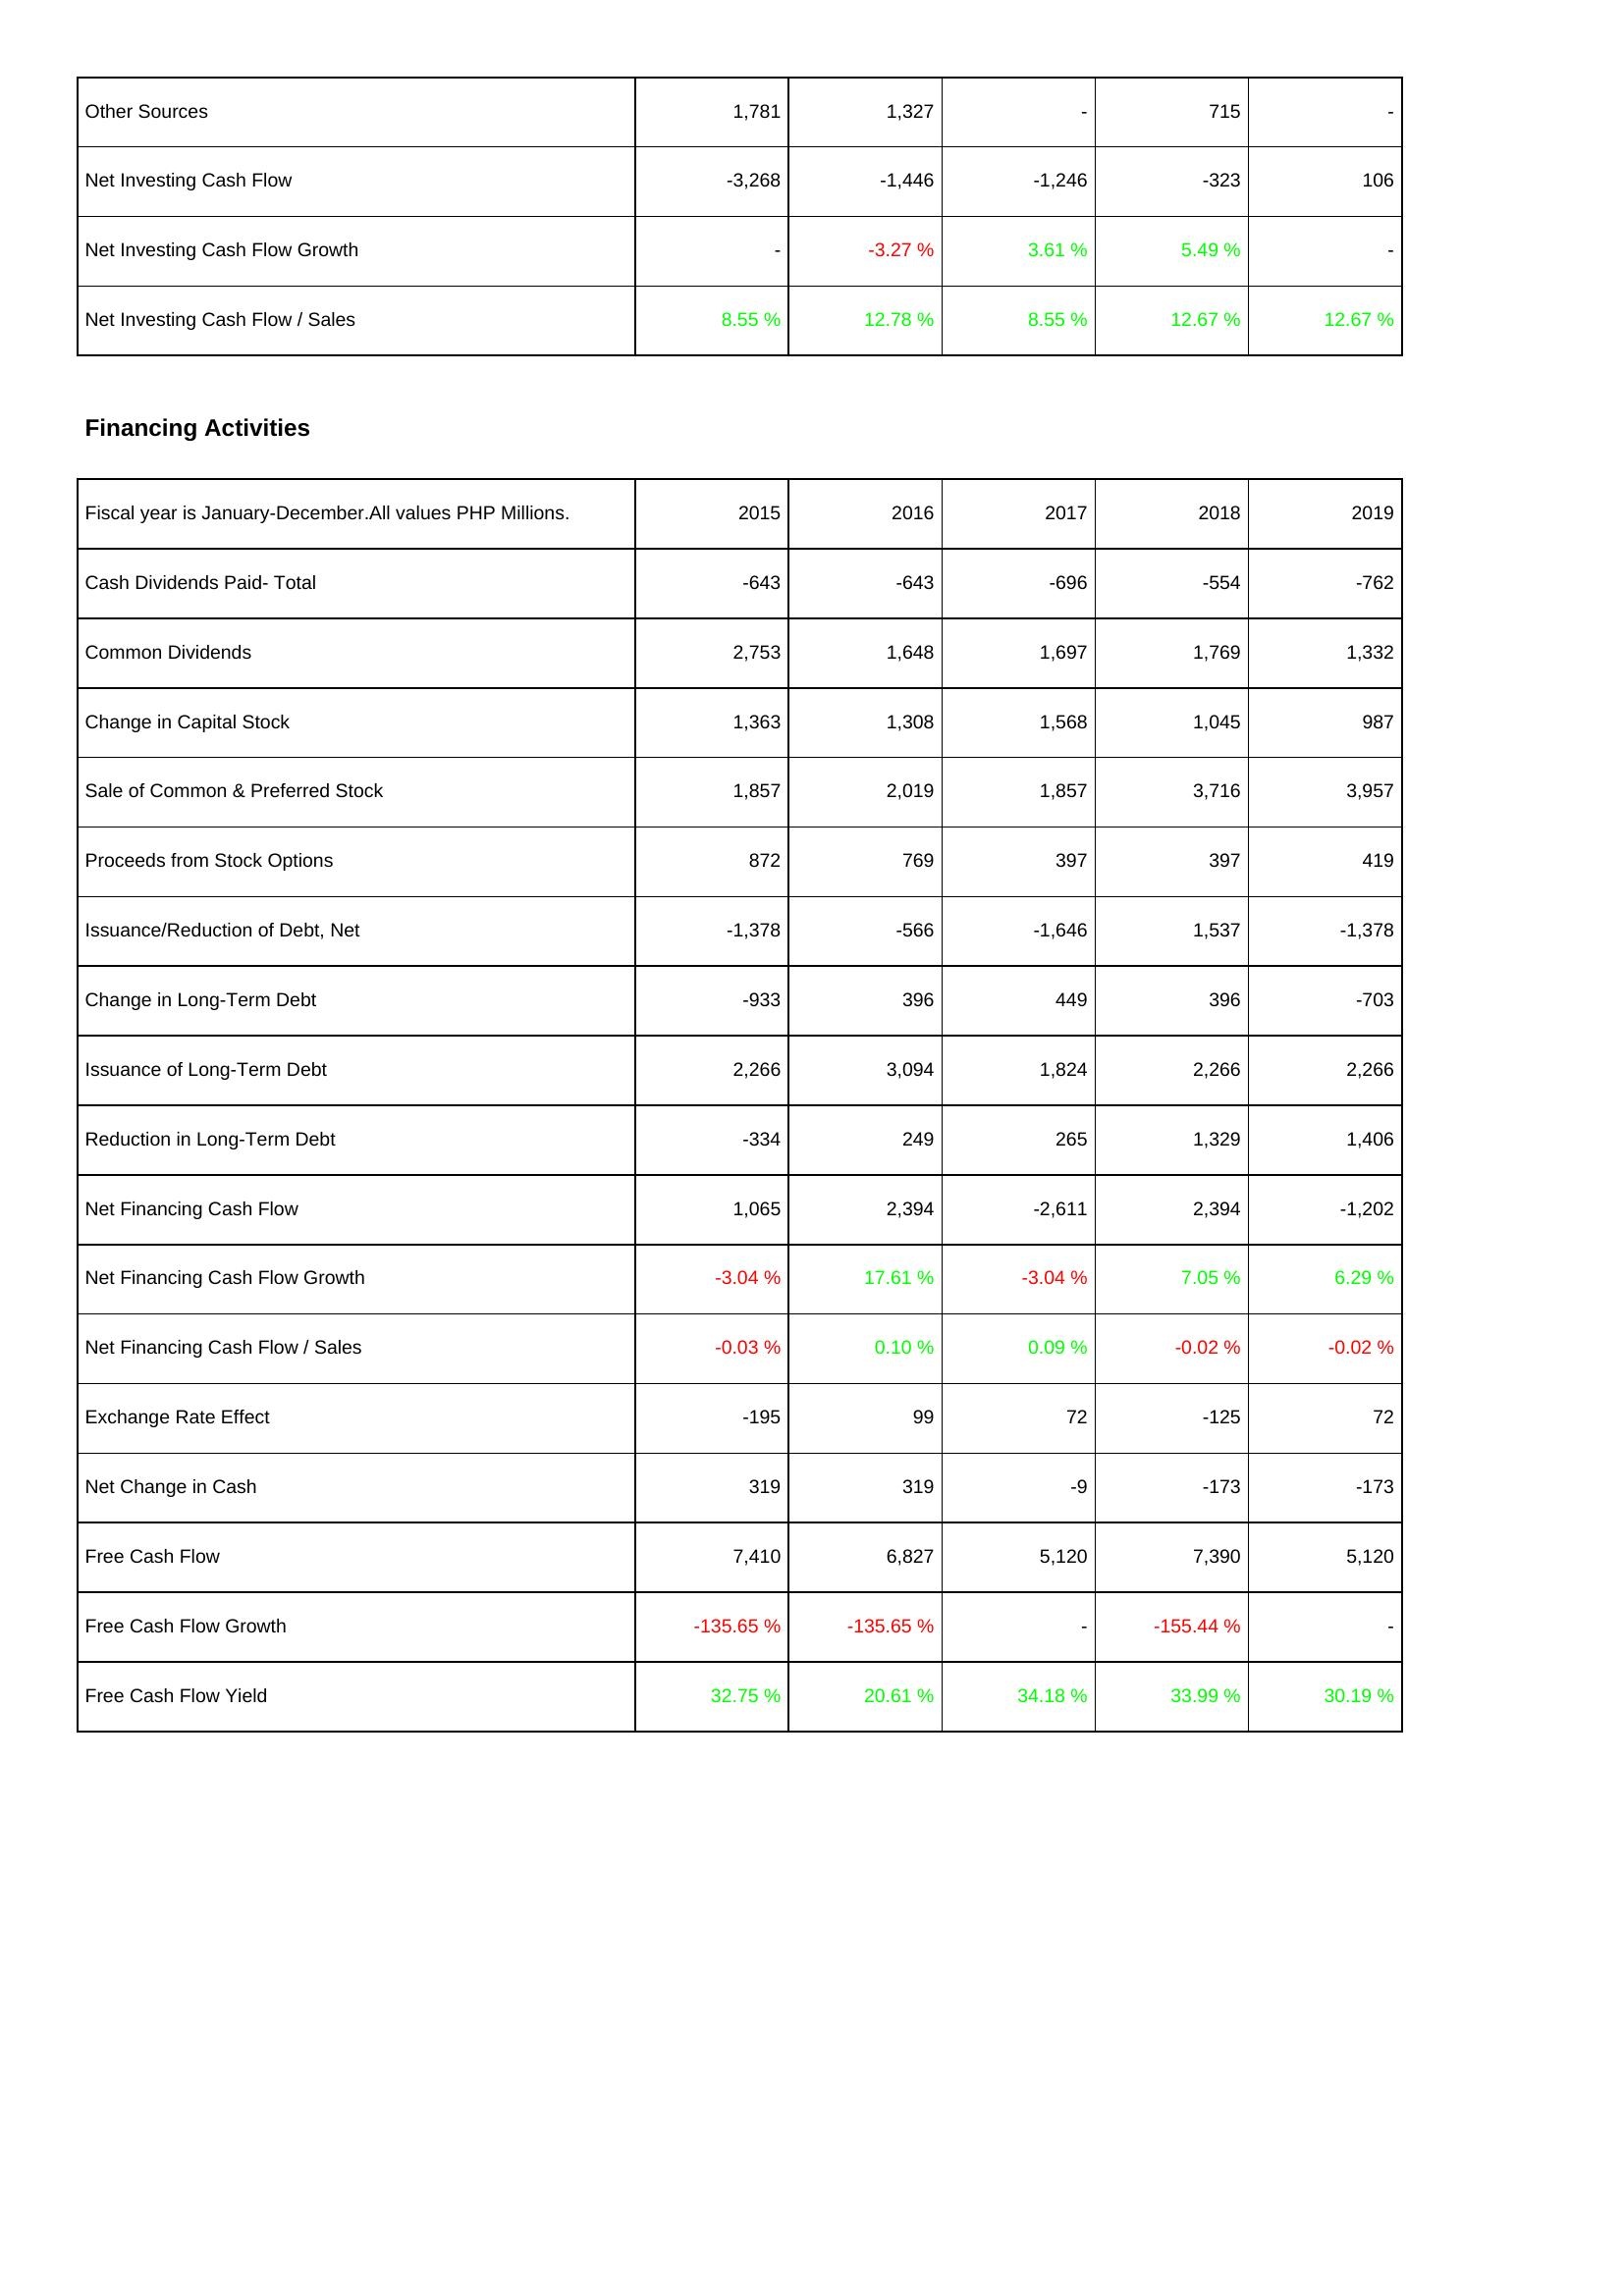
2015: Investing Activities: Other Sources: 1,781
Net Investing Cash Flow: -3,268
Net Investing Cash Flow Growth: -
Net Investing Cash Flow / Sales: 8.55 %
Financing Activities: Cash Dividends Paid- Total: -643
Common Dividends: 2,753
Change in Capital Stock: 1,363
Sale of Common & Preferred Stock: 1,857
Proceeds from Stock Options: 872
Issuance/Reduction of Debt, Net: -1,378
Change in Long-Term Debt: -933
Issuance of Long-Term Debt: 2,266
Reduction in Long-Term Debt: -334
Net Financing Cash Flow: 1,065
Net Financing Cash Flow Growth: -3.04 %
Net Financing Cash Flow / Sales: -0.03 %
Exchange Rate Effect: -195
Net Change in Cash: 319
Free Cash Flow: 7,410
Free Cash Flow Growth: -135.65 %
Free Cash Flow Yield: 32.75 %
2016: Investing Activities: Other Sources: 1,327
Net Investing Cash Flow: -1,446
Net Investing Cash Flow Growth: -3.27 %
Net Investing Cash Flow / Sales: 12.78 %
Financing Activities: Cash Dividends Paid- Total: -643
Common Dividends: 1,648
Change in Capital Stock: 1,308
Sale of Common & Preferred Stock: 2,019
Proceeds from Stock Options: 769
Issuance/Reduction of Debt, Net: -566
Change in Long-Term Debt: 396
Issuance of Long-Term Debt: 3,094
Reduction in Long-Term Debt: 249
Net Financing Cash Flow: 2,394
Net Financing Cash Flow Growth: 17.61 %
Net Financing Cash Flow / Sales: 0.10 %
Exchange Rate Effect: 99
Net Change in Cash: 319
Free Cash Flow: 6,827
Free Cash Flow Growth: -135.65 %
Free Cash Flow Yield: 20.61 %
2017: Investing Activities: Other Sources: -
Net Investing Cash Flow: -1,246
Net Investing Cash Flow Growth: 3.61 %
Net Investing Cash Flow / Sales: 8.55 %
Financing Activities: Cash Dividends Paid- Total: -696
Common Dividends: 1,697
Change in Capital Stock: 1,568
Sale of Common & Preferred Stock: 1,857
Proceeds from Stock Options: 397
Issuance/Reduction of Debt, Net: -1,646
Change in Long-Term Debt: 449
Issuance of Long-Term Debt: 1,824
Reduction in Long-Term Debt: 265
Net Financing Cash Flow: -2,611
Net Financing Cash Flow Growth: -3.04 %
Net Financing Cash Flow / Sales: 0.09 %
Exchange Rate Effect: 72
Net Change in Cash: -9
Free Cash Flow: 5,120
Free Cash Flow Growth: -
Free Cash Flow Yield: 34.18 %
2018: Investing Activities: Other Sources: 715
Net Investing Cash Flow: -323
Net Investing Cash Flow Growth: 5.49 %
Net Investing Cash Flow / Sales: 12.67 %
Financing Activities: Cash Dividends Paid- Total: -554
Common Dividends: 1,769
Change in Capital Stock: 1,045
Sale of Common & Preferred Stock: 3,716
Proceeds from Stock Options: 397
Issuance/Reduction of Debt, Net: 1,537
Change in Long-Term Debt: 396
Issuance of Long-Term Debt: 2,266
Reduction in Long-Term Debt: 1,329
Net Financing Cash Flow: 2,394
Net Financing Cash Flow Growth: 7.05 %
Net Financing Cash Flow / Sales: -0.02 %
Exchange Rate Effect: -125
Net Change in Cash: -173
Free Cash Flow: 7,390
Free Cash Flow Growth: -155.44 %
Free Cash Flow Yield: 33.99 %
2019: Investing Activities: Other Sources: -
Net Investing Cash Flow: 106
Net Investing Cash Flow Growth: -
Net Investing Cash Flow / Sales: 12.67 %
Financing Activities: Cash Dividends Paid- Total: -762
Common Dividends: 1,332
Change in Capital Stock: 987
Sale of Common & Preferred Stock: 3,957
Proceeds from Stock Options: 419
Issuance/Reduction of Debt, Net: -1,378
Change in Long-Term Debt: -703
Issuance of Long-Term Debt: 2,266
Reduction in Long-Term Debt: 1,406
Net Financing Cash Flow: -1,202
Net Financing Cash Flow Growth: 6.29 %
Net Financing Cash Flow / Sales: -0.02 %
Exchange Rate Effect: 72
Net Change in Cash: -173
Free Cash Flow: 5,120
Free Cash Flow Growth: -
Free Cash Flow Yield: 30.19 %